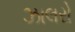
ઝાલરો